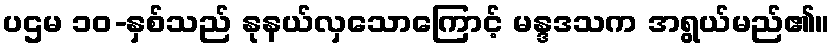
ပဌမ ၁၀-နှစ်သည် နုနယ်လှသောကြောင့် မန္ဒဒသက အရွယ်မည်၏။